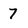
Character: 7